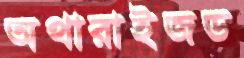
অথারাইজড